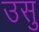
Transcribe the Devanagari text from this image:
उसु